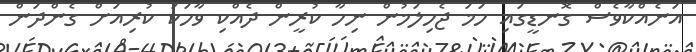
އަނެއްކާވެސް ގޮނޑީގައި ހަމަ ޖެހިލަމުން ނިހާ ކުރީން ދެއްކި ވާހަކަ ކުރިއަށް ގެންދަން